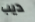
ديب